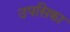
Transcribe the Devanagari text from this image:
उपसिका